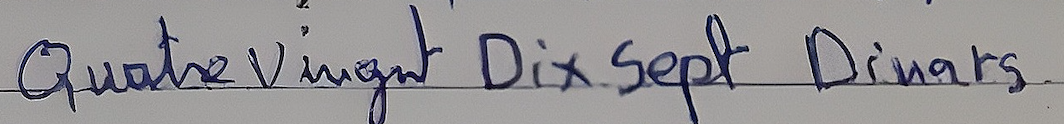
Quatre Vingt Dix Sept Dinars